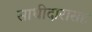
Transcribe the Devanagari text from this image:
साथीदारासह